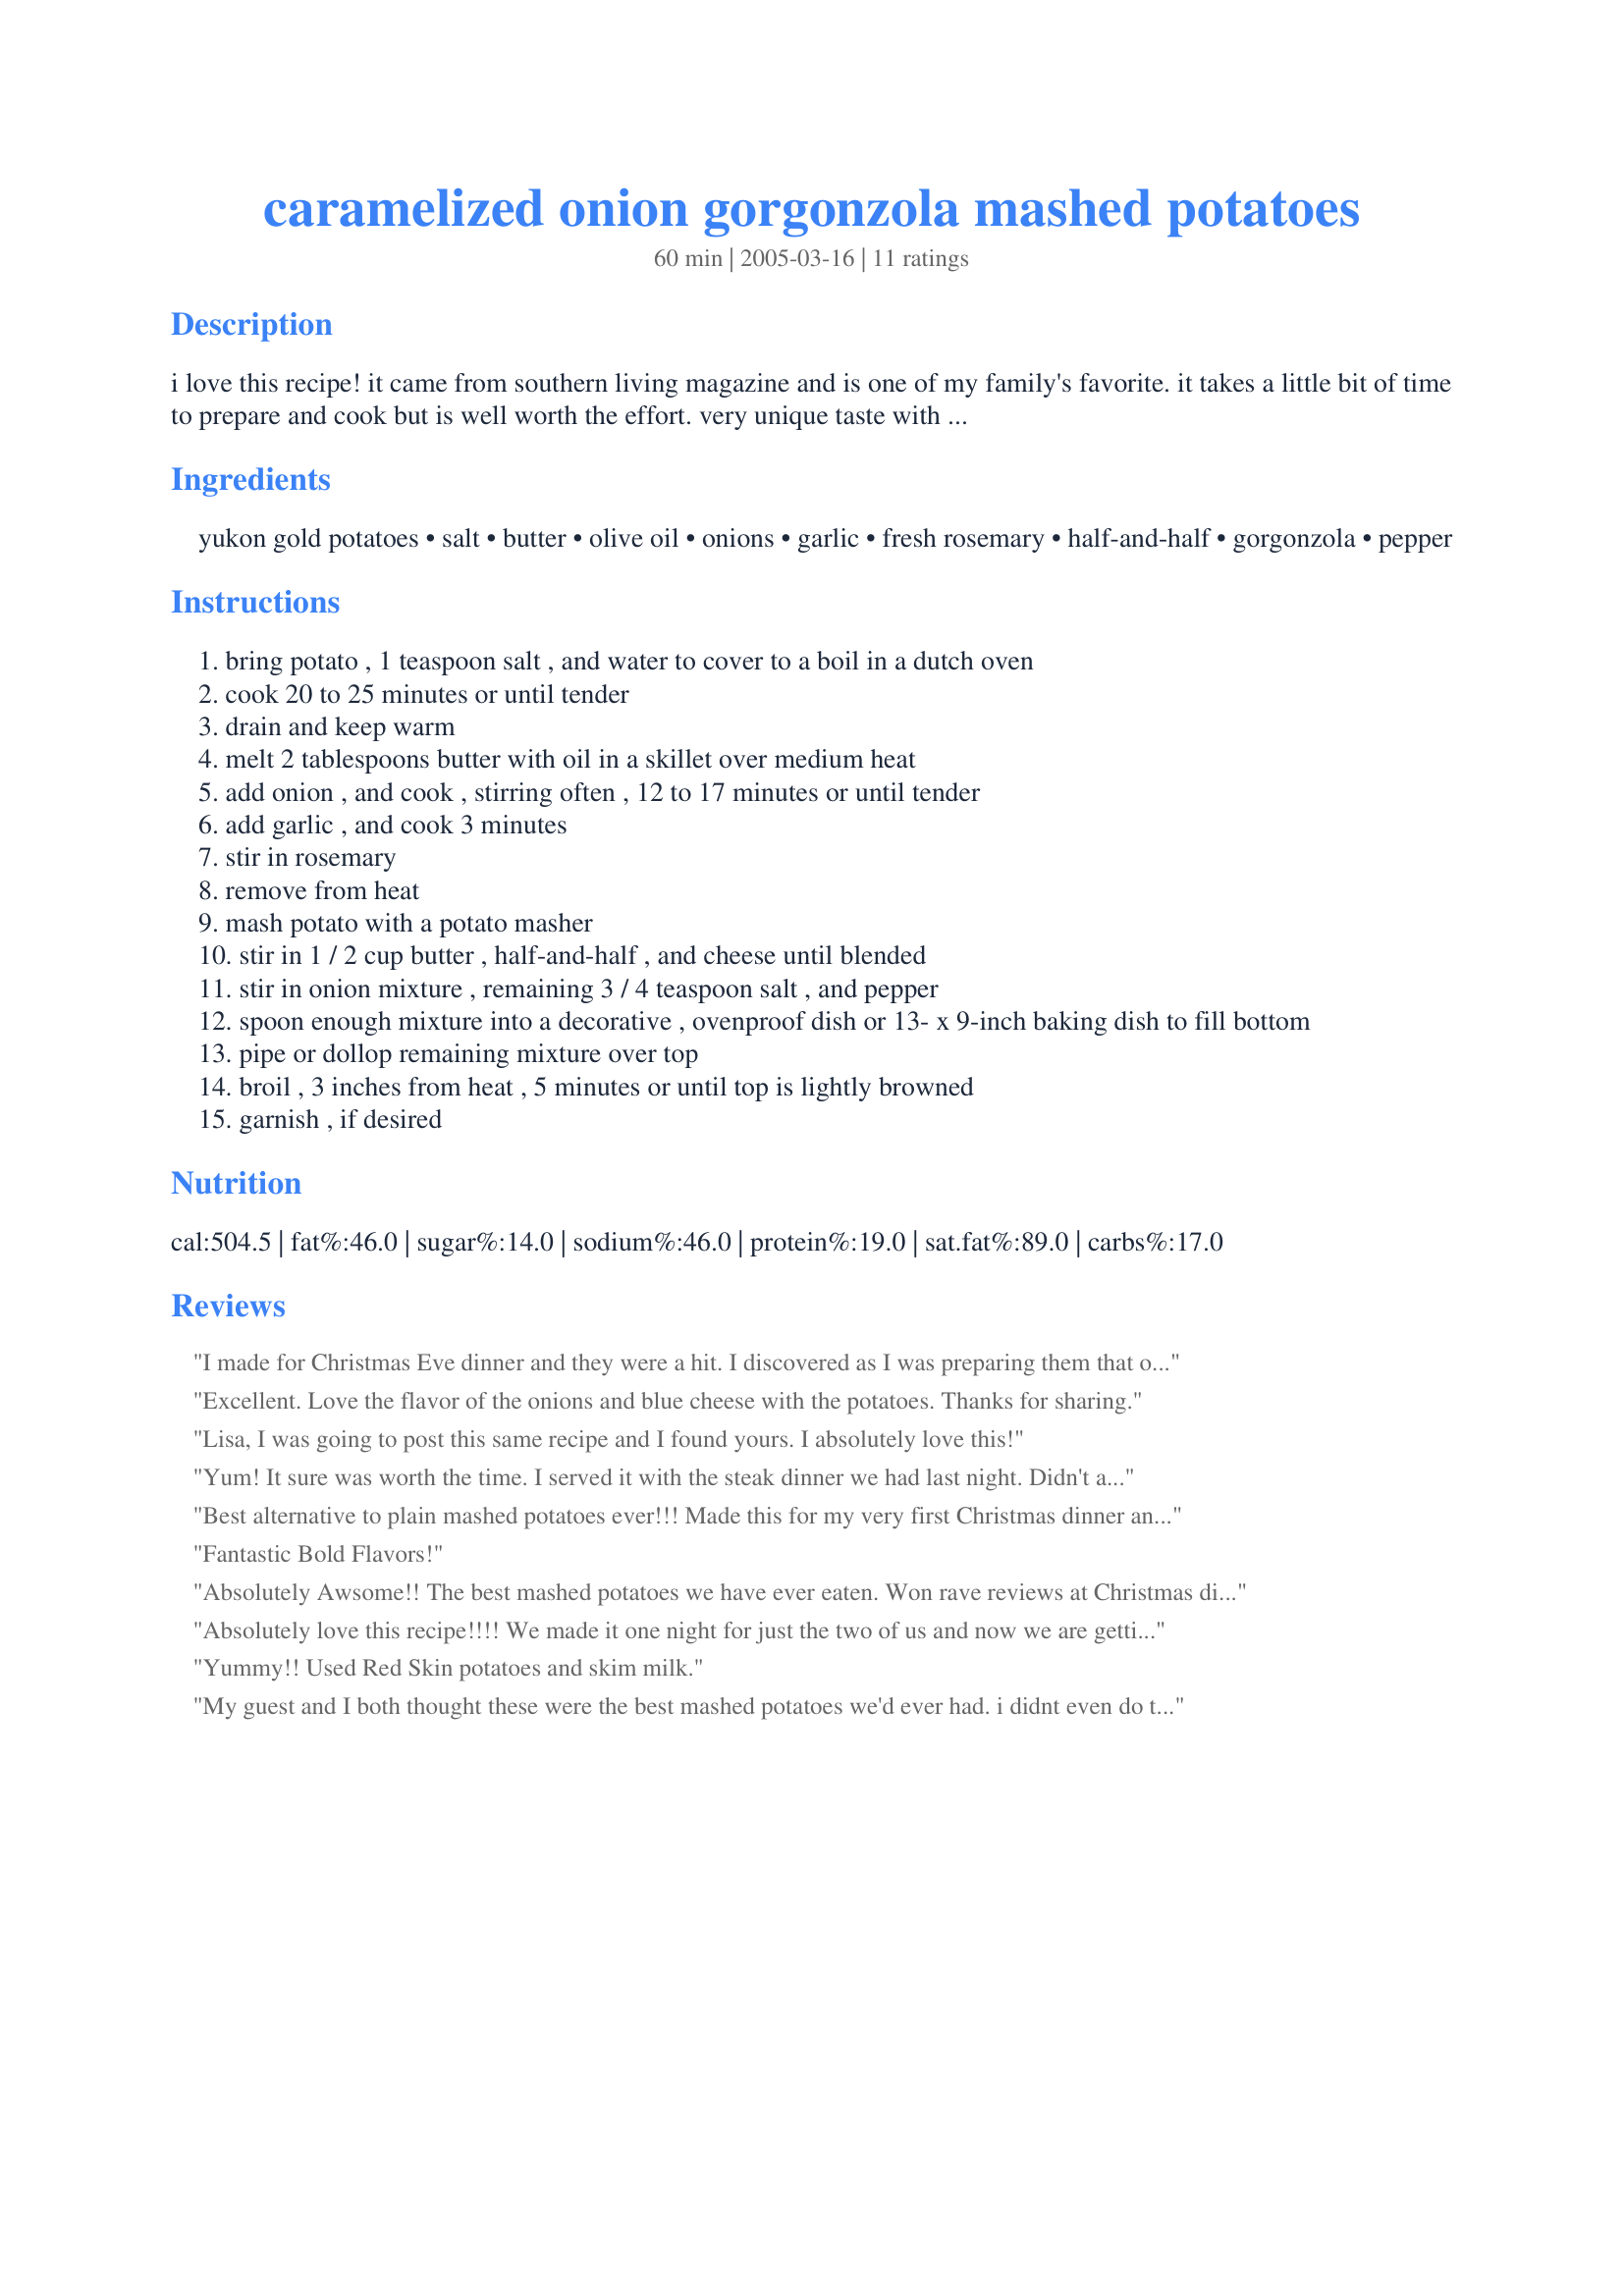
caramelized onion gorgonzola mashed potatoes
Preparation time: 60 minutes

i love this recipe! it came from southern living magazine and is one of my family's favorite. it takes a little bit of time to prepare and cook but is well worth the effort. very unique taste with the gorgonzola and the sweetness of the onions. enjoy!

Ingredients:
yukon gold potatoes, salt, butter, olive oil, onions, garlic, fresh rosemary, half-and-half, gorgonzola, pepper

Steps:
bring potato , 1 teaspoon salt , and water to cover to a boil in a dutch oven
cook 20 to 25 minutes or until tender
drain and keep warm
melt 2 tablespoons butter with oil in a skillet over medium heat
add onion , and cook , stirring often , 12 to 17 minutes or until tender
add garlic , and cook 3 minutes
stir in rosemary
remove from heat
mash potato with a potato masher
stir in 1 / 2 cup butter , half-and-half , and cheese until blended
stir in onion mixture , remaining 3 / 4 teaspoon salt , and pepper
spoon enough mixture into a decorative , ovenproof dish or 13- x 9-inch baking dish to fill bottom
pipe or dollop remaining mixture over top
broil , 3 inches from heat , 5 minutes or until top is lightly browned
garnish , if desired

Reviews:
I made for Christmas Eve dinner and they were a hit. I discovered as I was preparing them that one of my guests was allergic to Rosemary so had to omit, but will certainly add the next time. I did not dollop the top either, but prepared all else as written. Delicious and will make again.
Excellent. Love the flavor of the onions and blue cheese with the potatoes. Thanks for sharing.
Lisa, I was going to post this same recipe and I found yours. I absolutely love this!
Yum! It sure was worth the time. I served it with the steak dinner we had last night. Didn't add the final salt, since we watch the sodium and felt cheese had enough flavor. We'll definitely make again!
Best alternative to plain mashed potatoes ever!!! Made this for my very first Christmas dinner and they did not disappoint! I made them exactly as the recipe stated. These were super yummy and very rich in taste. I served a HoneyBaked Ham and this recipe paired very well with it! THE ONLY CAUTION--- I would give is if you need to keep this dish warm by keeping it in a warming drawer or in your oven on warm, the potatoes do not keep their shape and end up becoming &quot;runny.&quot; So if you can make this dish last so you do not have to keep it warm that would be for the best so they don&#039;t loose their shape.
Fantastic Bold Flavors!
Absolutely Awsome!! The best mashed potatoes we have ever eaten. Won rave reviews at Christmas dinner served along side a beautiful Prime Roast Beef. Can't say enough about these creamy, wonderfully bold potatoes. Must try.

Thank you so much for a beautiful recipe!
Absolutely love this recipe!!!! We made it one night for just the two of us and now we are getting together with friends and taking this with us! It's something we plan on taking to Thanksgiving Dinner and Christmas Dinner! We can't stop raving about it! Thanks for sharing!!!!
Yummy!! Used Red Skin potatoes and skim milk.
My guest and I both thought these were the best mashed potatoes we'd ever had. i didnt even do the last step of broiling. Served with Cabernet braised short ribs. 5 star restaurant quality. Delish!
Very good potatoes. Rave reviews from the family and requests for the recipe. The onions did not caramelize for me in the time allotted in the recipe, though, I needed at least 20 minutes more. These even tasted better the next day! AS leftovers, I may have given them a 5-star-rating. They are definitely a lot of work, though.
